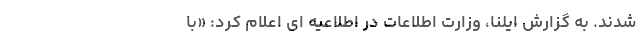
شدند. به گزارش ایلنا، وزارت اطلاعات در اطلاعیه ‌ای اعلام کرد: «با